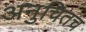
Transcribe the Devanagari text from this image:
अनुचितच